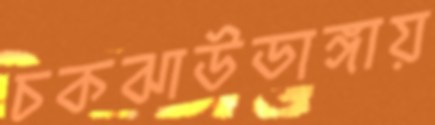
চকঝাউডাঙ্গায়